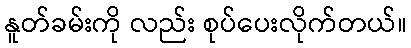
နူတ်ခမ်းကို လည်း စုပ်ပေးလိုက်တယ်။